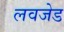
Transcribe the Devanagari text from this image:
लवजेड